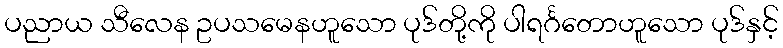
ပညာယ သီလေန ဥပသမေနဟူသော ပုဒ်တို့ကို ပါရင်္ဂတောဟူသော ပုဒ်နှင့်